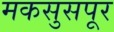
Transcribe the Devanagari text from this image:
मकसुसपूर